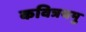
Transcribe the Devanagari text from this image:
कवित्रयमु